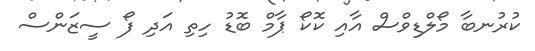
ކުރުނބާ މޯލްޑިވްސް އާއި ކޮކޯ ޕާމް ބޮޑު ހިތި އަދި ފޯ ސީޒަންސް